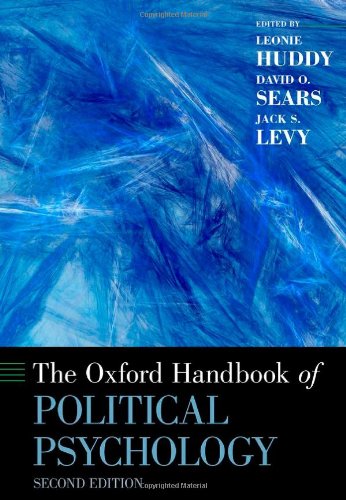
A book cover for The Oxford Handbook of Political Psychology: Second Edition (Oxford Handbooks); Medical Books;